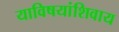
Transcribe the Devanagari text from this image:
याविषयांशिवाय